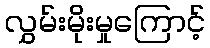
လွှမ်းမိုးမှုကြောင့်